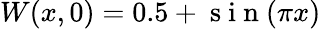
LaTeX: W(x,0)=0.5+\mathrm{~s~i~n~}(\pi x)